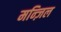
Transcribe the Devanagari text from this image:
मन्ज़िल